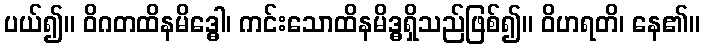
ပယ်၍။ ဝိဂတထိနမိဒ္ဓေါ၊ ကင်းသောထိနမိဒ္ဓရှိသည်ဖြစ်၍။ ဝိဟရတိ၊ နေ၏။